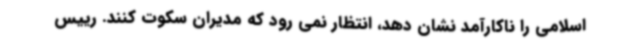
اسلامی را ناکارآمد نشان دهد، انتظار نمی رود که مدیران سکوت کنند. رییس